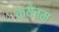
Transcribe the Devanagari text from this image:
कयेतम